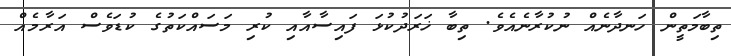
ތިބާމަތީން ހަނދާނެއް ނުކުރާނެއެވެ. ތިބާ ޚަރަދުކުޅަ ފައިސާއާއި ކުރި މަސައްކަތުގެ ކުޑަވެސް އަރާމެއް